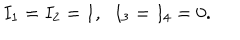
LaTeX: I _ { 1 } = I _ { 2 } = 1 , \; \; I _ { 3 } = I _ { 4 } = 0 .